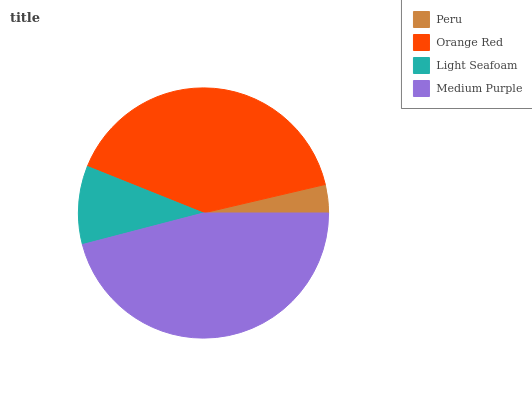
| Peru | Orange Red | Light Seafoam | Medium Purple |
 | --- | --- | --- | --- |
 | 3.66% | 40.2% | 10.1% | 46% |